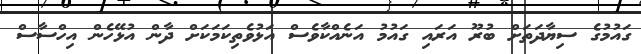
ގައުމުގެ ސިޔާދަތަށް ބުރޫ އަރައި ގައުމު އަނެއްކާވެސް އަޅުވެތިކަމަކަށް ދާން އުޅޭހެން އިހްސާސް